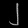
Digit: ၂